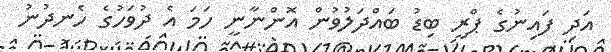
އަދި ފައިނުގެ ޕްރީ ބިޑު ބައްދަލުވުން އޮންނާނީ ހަމަ އެ ދުވަހުގެ ހެނދުނު